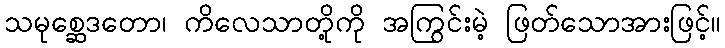
သမုစ္ဆေဒတော၊ ကိလေသာတို့ကို အကြွင်းမဲ့ ဖြတ်သောအားဖြင့်။